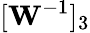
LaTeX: [\mathbf{W}^{-1}]_{3}